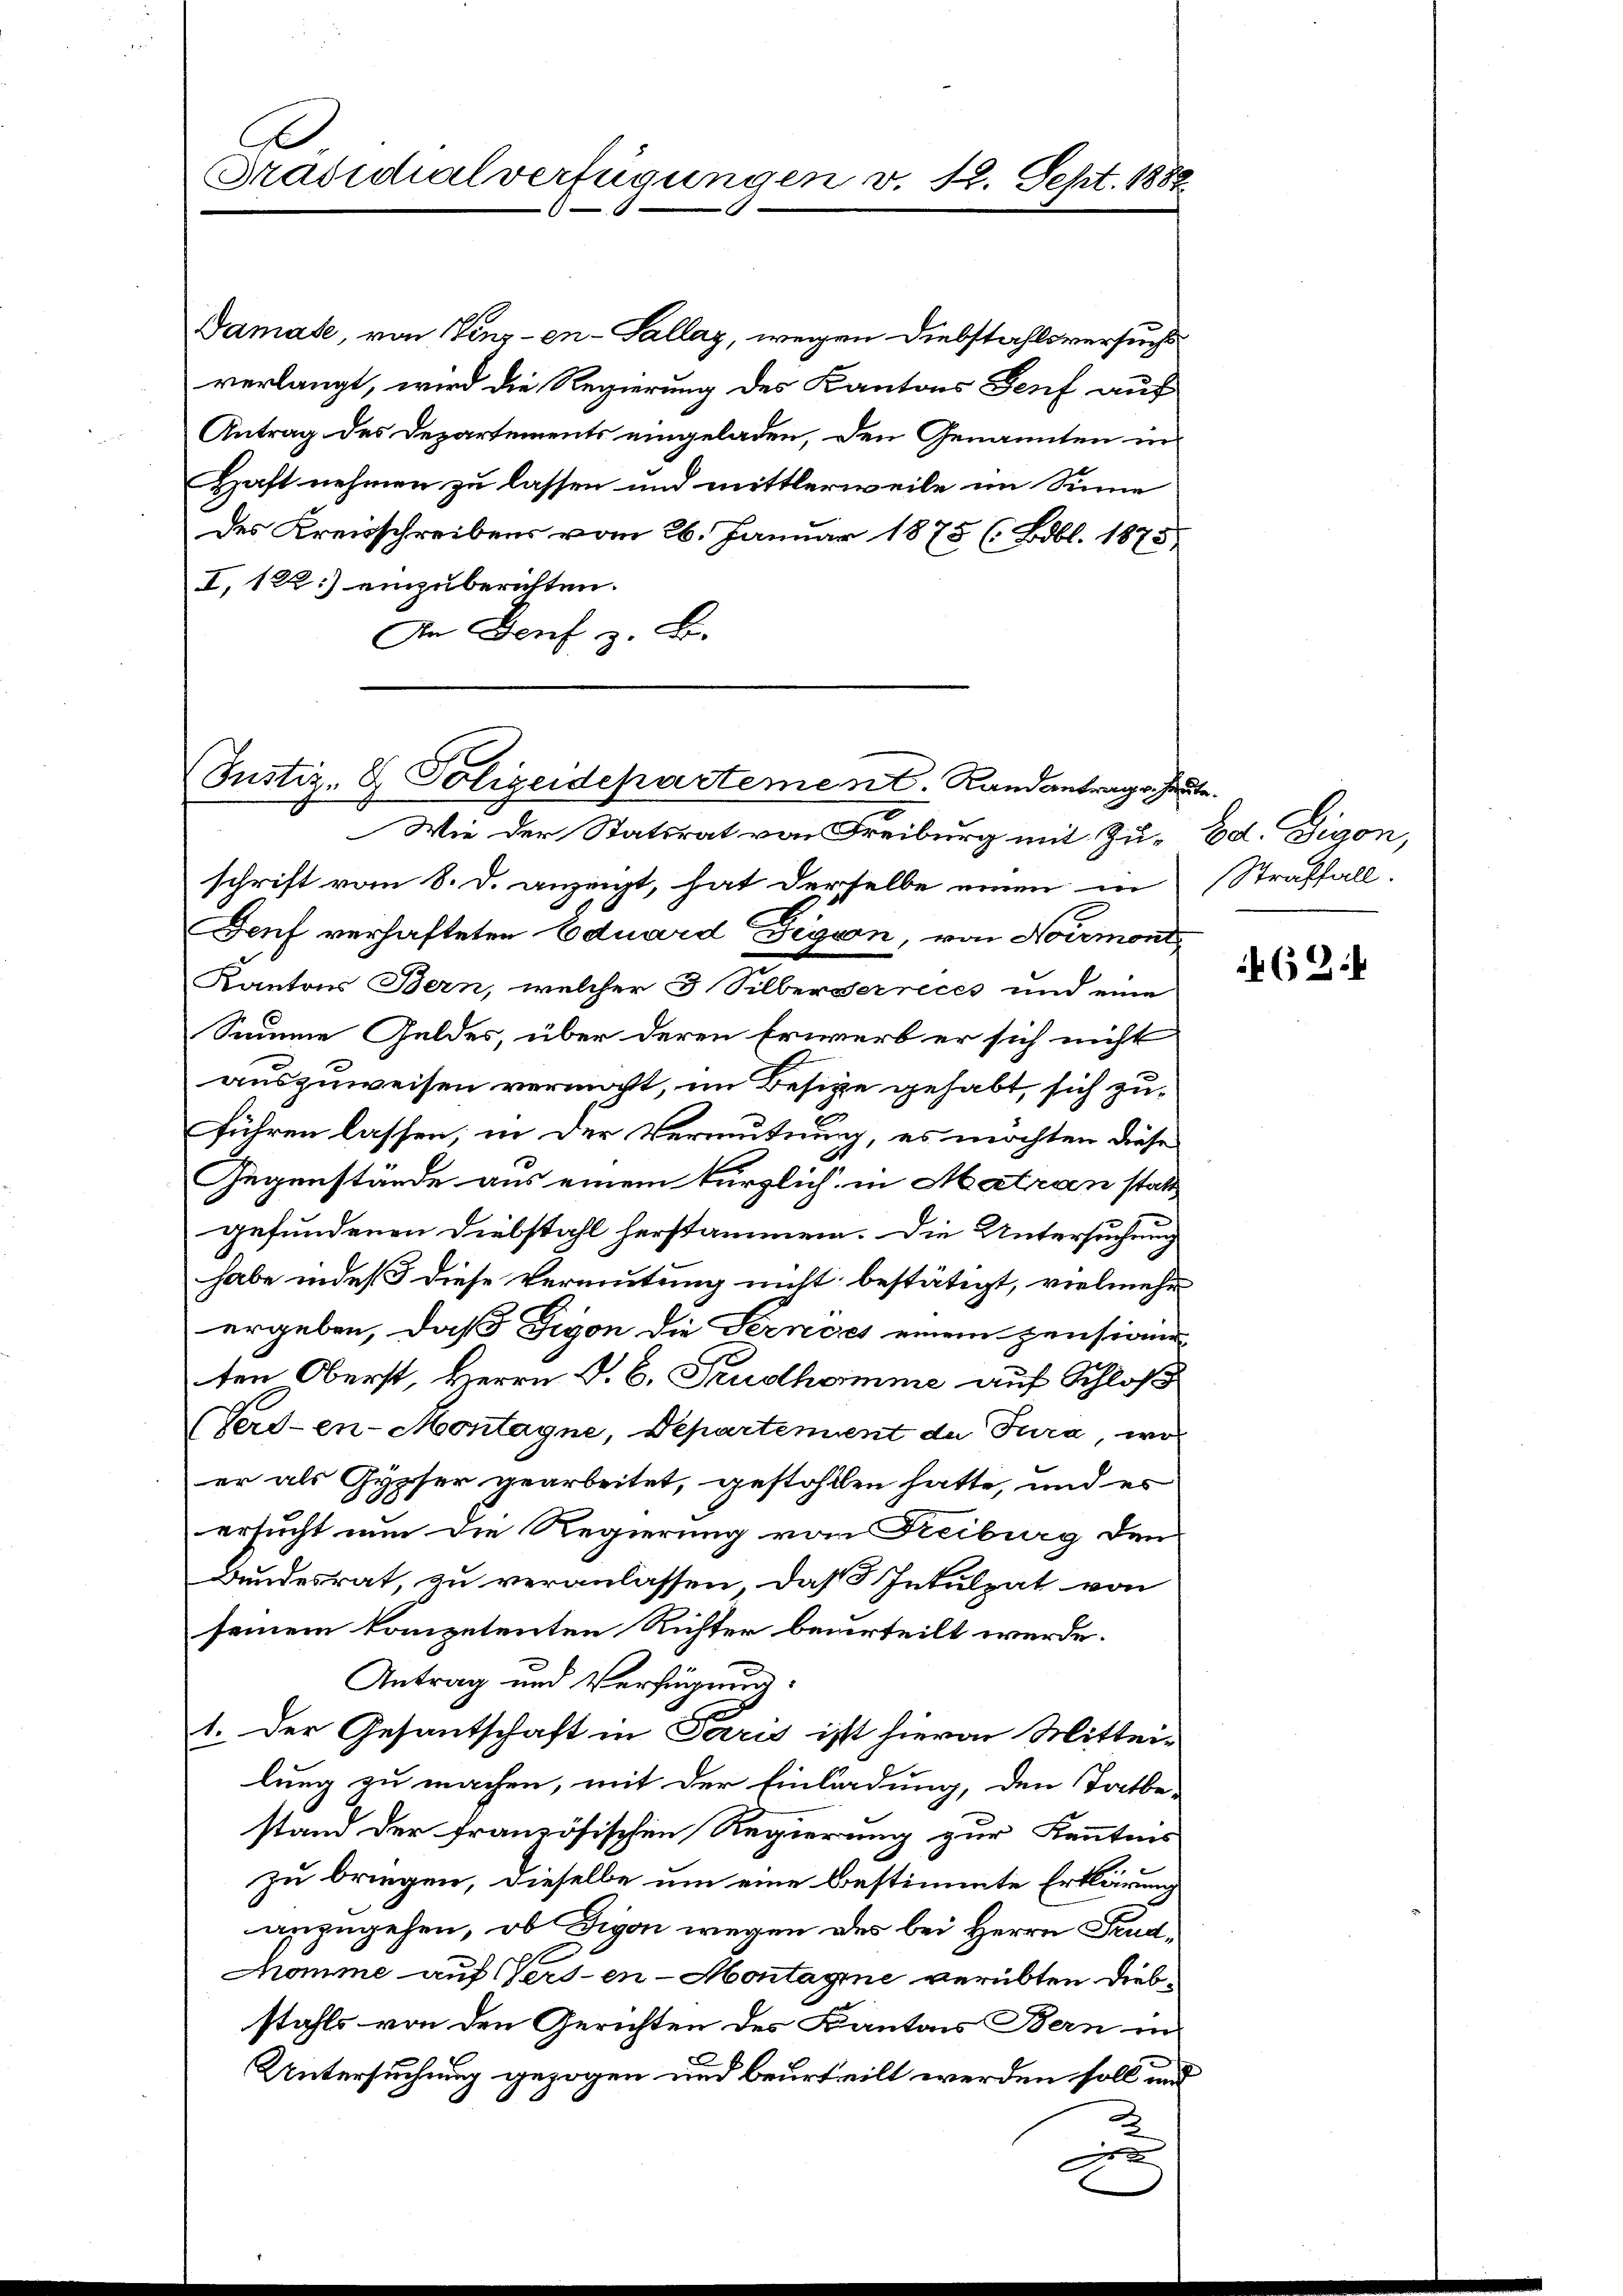
A
Präsidialverfügungen v. 12. Sept. 1888

Damase, von Vinz-en-Sallaz, wegen Diebstahlsversuchs
verlangt, wird die Regierung des Kantons Genf auf
Antrag des Departements eingeladen, den Genannten in
Haft nehmen zu lassen und mittlerweile im Sinne
des Kreisschreibens vom 26. Januar 1875 (Bobl. 1873
I. 122.) einzuberichten.
An Genf z. B.

(Justiz- & Polizeidepartement. Randantrage heute.
Wie der Statsrat von Freiburg mit Zu- Ed. Digon,

schrift vom 8. d. anzeigt, hat derselbe einen in Straffall.
Deuf verhafteten Eduard Figurn, von Noiemont
Kantons Bern, welcher 3 Silbergerreces und eine
Summe Geldes, über deren Erwerb er sich nicht
auszuweisen vermocht, im Besitze gehabt, sich zuführen lassen; in der Vermutung, es möchten diese
Gegenstände aus einem kürzlich in Matranstatt
gefundenen Diebstahl herstammen. Die Untersuchung
habe indeß diese Vermutung nicht bestätigt, vielmehr
ergeben, daß Digon die Pernoch einem pension
ten Oberst, Herrn P. C. Prudhomme auf Schloß
(Perd-en-Montagne, Departement de Tura, wo
er als Gypser gearbeitet, gestohllen hatte, und es
ersucht nun die Regierung von Freiburg den
Bundesrat, zu veranlassen, daß Inkulpat von
seinem kompetenten Richter beurteilt werde.
Antrag und Verfügung:
1. Der Gesantschaft in Paris ist hievon Mittei-
lung zu machen, mit der Einladung, den Tatbe-
stand der französischen Regierung zur Kenntnis
zu bringen, dieselbe um eine bestimmte Erklärung
anzugehen, ob Digon wegen des bei Herrn Prud¬
Mhomme auf Versen-Montagine verübten Diebstahls von den Gerichten des Kantons Bern in
Untersuchung gezogen und beurteilt werden soll und

r

624